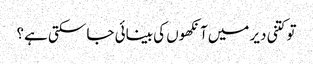
تو کتنی دیر میں‌آنکھوں کی بینائی جا سکتی ہے؟